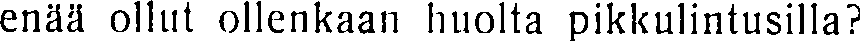
enää ollut ollenkaan huolta pikkulintusilla?